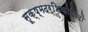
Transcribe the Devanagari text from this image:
सूक्ष्मदर्शिकीविदों